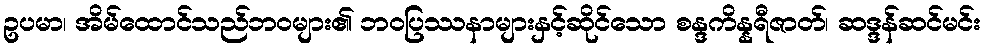
ဥပမာ၊ အိမ်ထောင်သည်ဘဝများ၏ ဘဝပြဿနာများနှင့်ဆိုင်သော စန္ဒကိန္နရီဇာတ်၊ ဆဒ္ဒန်ဆင်မင်း